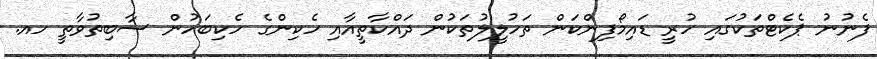
ފެނުނު ޕެކެޓްތަކުގައި ހުރީ ޑައިމޯފިންކަން ތަހުލީލުތަކުން ދައްކާތީއާއި ހެކިންގެ ހެކިބަހުން ސާބިތުވާތީ ހއ.